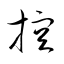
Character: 控